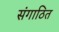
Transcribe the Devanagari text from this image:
संगाठित